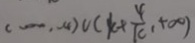
( - \infty , - 4 ) \cup ( k + \frac { 4 } { k } , + \infty )